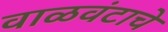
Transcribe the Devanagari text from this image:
वाळवंटाचे